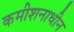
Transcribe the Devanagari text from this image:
कमीशनाधीन